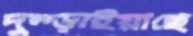
দুম্‌ড়াইয়াছে